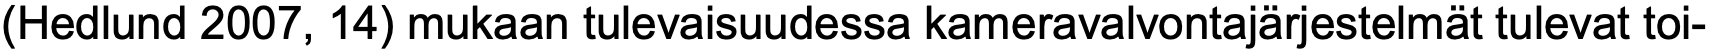
(Hedlund 2007, 14) mukaan tulevaisuudessa kameravalvontajärjestelmät tulevat toi-